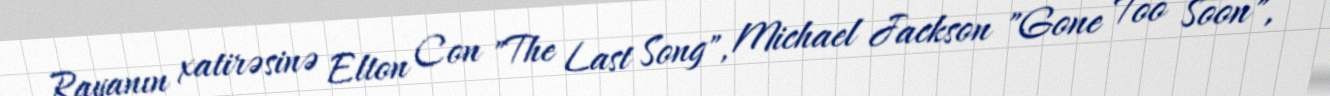
Rayanın xatirəsinə Elton Con "The Last Song", Michael Jackson "Gone Too Soon",